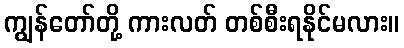
ကျွန်တော်တို့ ကားလတ် တစ်စီးရနိုင်မလား။